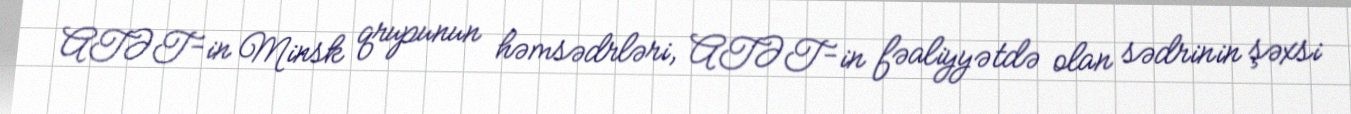
ATƏT-in Minsk qrupunun həmsədrləri, ATƏT-in fəaliyyətdə olan sədrinin şəxsi